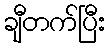
ချီတက်ပြီး